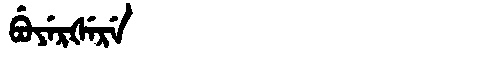
Manchu: ᠪᡠᠶᡝᡵᡧᡝᡵᡝ
Romanization: BUYERŠERE